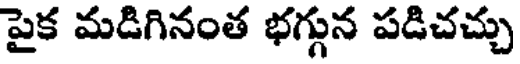
పైక మడిగినంత భగ్గున పడిచచ్చు